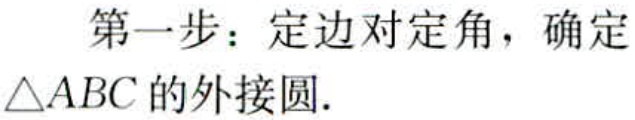
第一步：定边对定角，确定

$\triangle ABC$的外接圆.